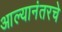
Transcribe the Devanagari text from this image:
आल्यानंतरचे